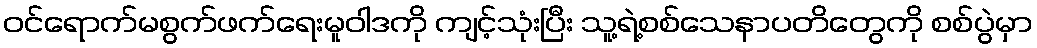
ဝင်ရောက်မစွက်ဖက်ရေးမူဝါဒကို ကျင့်သုံးပြီး သူ့ရဲ့စစ်သေနာပတိတွေကို စစ်ပွဲမှာ